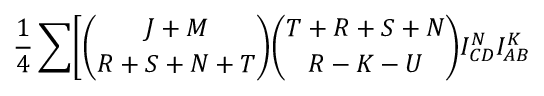
{ \frac { 1 } { 4 } } \sum \Biggl [ { \binom { J + M } { R + S + N + T } } { \binom { T + R + S + N } { R - K - U } } I _ { C D } ^ { N } I _ { A B } ^ { K }